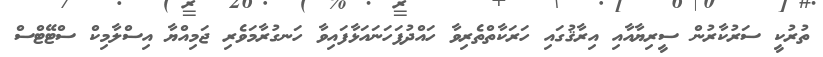
ތުރުކީ ސަރުކާރުން ސީރިޔާއާއި އިރާޤުގައި ހަރަކާތްތެރިވާ ހައްދުފަހަނައަޅާފައިވާ ހަނގުރާމަވެރި ޖަމިއްޔާ އިސްލާމިކް ސްޓޭޓްސް